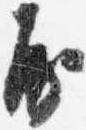
房